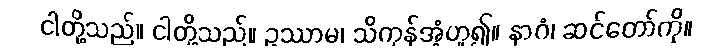
ငါတို့သည်။ ငါတို့သည်။ ဥဿာမ၊ သိကုန်အံ့ဟူ၍။ နာဂံ၊ ဆင်တော်ကို။